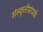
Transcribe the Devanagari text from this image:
संस्कृतीसंपर्क